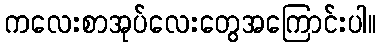
ကလေးစာအုပ်လေးတွေအကြောင်းပါ။